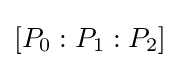
[P_{0}:P_{1}:P_{2}]